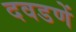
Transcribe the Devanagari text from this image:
दवडणें